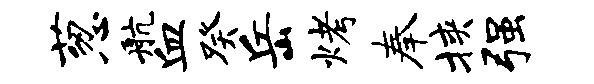
葱航血癸岳烤奉挟强